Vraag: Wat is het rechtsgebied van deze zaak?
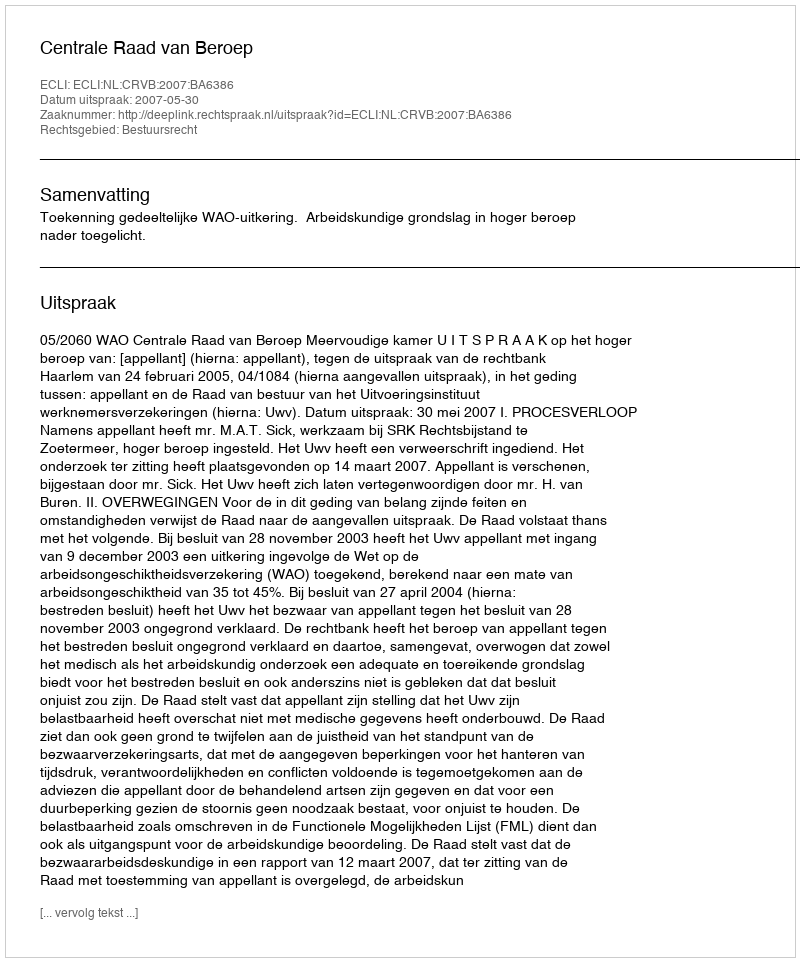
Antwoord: Bestuursrecht